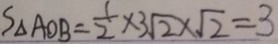
S _ { \Delta } A O B = \frac { 1 } { 2 } \times 3 \sqrt { 2 } \times \sqrt { 2 } = 3